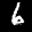
Label: 6